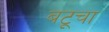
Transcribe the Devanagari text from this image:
बटूचा